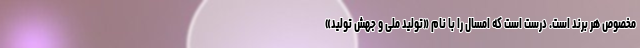
مخصوص هر برند است. درست است که امسال را با نام «تولید ملی و جهش تولید»